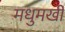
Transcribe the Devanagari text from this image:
मधुमखी